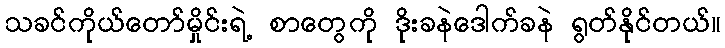
သခင်ကိုယ်တော်မှိုင်းရဲ့ စာတွေကို ဒိုးခနဲဒေါက်ခနဲ ရွတ်နိုင်တယ်။